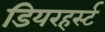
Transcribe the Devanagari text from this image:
डियरहर्स्ट